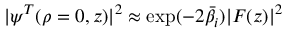
| \psi ^ { T } ( \rho = 0 , z ) | ^ { 2 } \approx \exp ( - 2 \bar { \beta } _ { i } ) | F ( z ) | ^ { 2 }